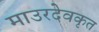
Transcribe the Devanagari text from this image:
माउरदेवकृत